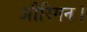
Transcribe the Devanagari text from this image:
औरिगन।